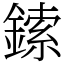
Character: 鎍